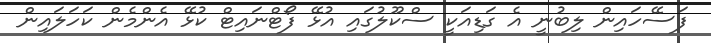
ފަސޭހައިން ލިބުނީ އެ ގަޑިއަކީ ސްކޫލުގައި އުޅޭ ފޯޓްނައިޓް ކުޅޭ އެންމެން ކަހަލައިން